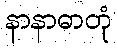
နာနာဓာတုံ